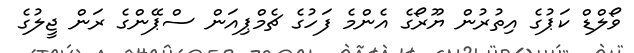
ވޯލްޑް ކަޕުގެ އިތުރުން ޔޫރޯގެ އެންމެ ފަހުގެ ޗެމްޕިއަން ސްޕޭންގެ ރަން ޖީލުގެ